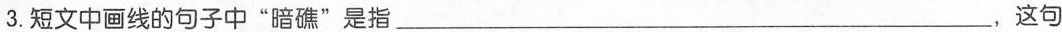
3.短文中画线的句子中“暗礁”是指___，这句